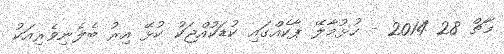
މާޗް 28 2014 - ހުޅުމާލޭ ޕާކެއްގައި ކުޑަކުއްޖަކު ކުޅޭ އިރު ބެލެނިވެރިއަކު